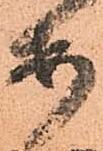
安